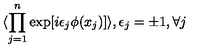
\langle \prod _ { j = 1 } ^ { n } \exp [ i \epsilon _ { j } \phi ( x _ { j } ) ] \rangle , \epsilon _ { j } = \pm 1 , \forall j \,